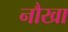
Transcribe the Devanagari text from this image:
नौखा